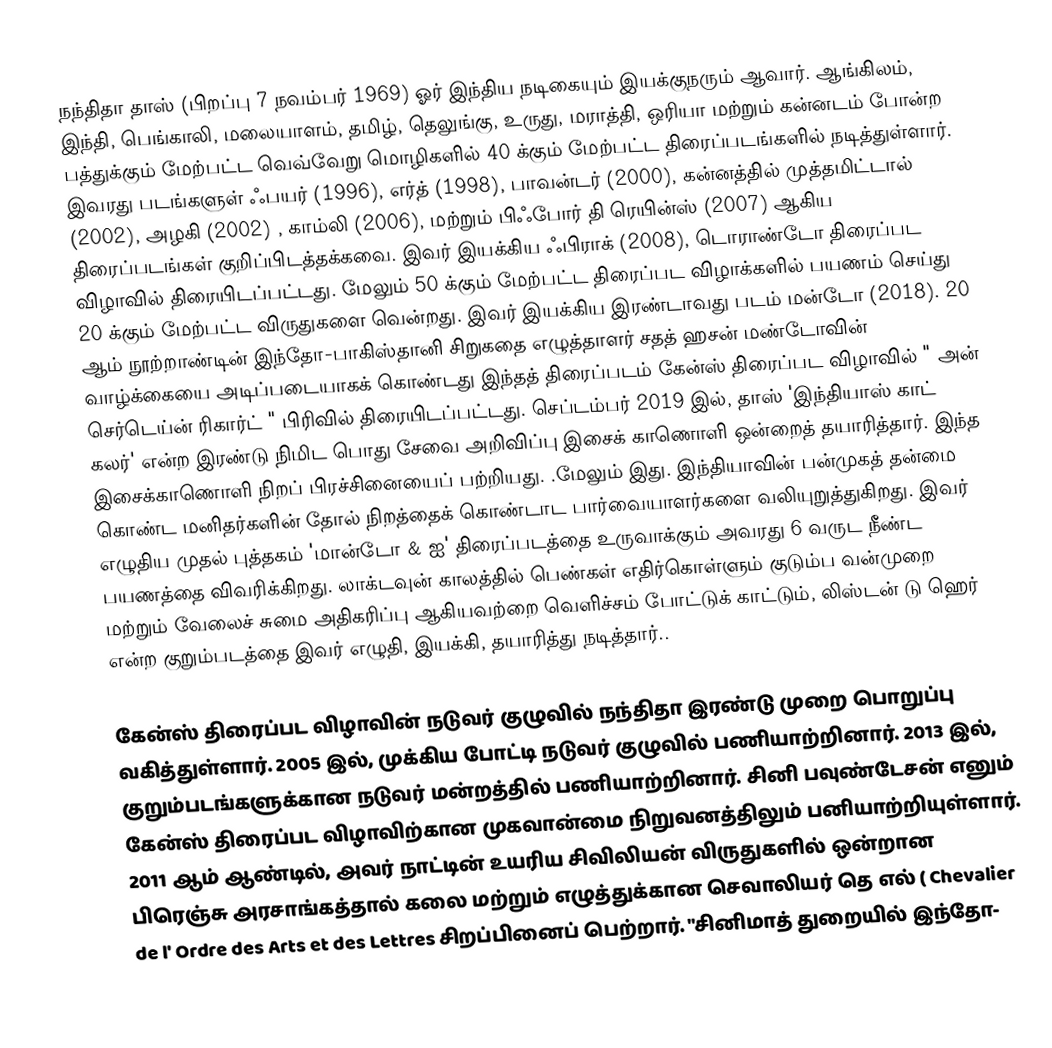
நந்திதா தாஸ் (பிறப்பு 7 நவம்பர் 1969) ஓர் இந்திய நடிகையும் இயக்குநரும் ஆவார். ஆங்கிலம், இந்தி, பெங்காலி, மலையாளம், தமிழ், தெலுங்கு, உருது, மராத்தி, ஒரியா மற்றும் கன்னடம் போன்ற பத்துக்கும் மேற்பட்ட வெவ்வேறு மொழிகளில் 40 க்கும் மேற்பட்ட திரைப்படங்களில் நடித்துள்ளார். இவரது படங்களுள் ஃபயர் (1996), எர்த் (1998), பாவன்டர் (2000), கன்னத்தில் முத்தமிட்டால் (2002), அழகி (2002) , காம்லி (2006), மற்றும் பிஃபோர் தி ரெயின்ஸ் (2007) ஆகிய திரைப்படங்கள் குறிப்பிடத்தக்கவை. இவர் இயக்கிய ஃபிராக் (2008), டொராண்டோ திரைப்பட விழாவில் திரையிடப்பட்டது. மேலும் 50 க்கும் மேற்பட்ட திரைப்பட விழாக்களில் பயணம் செய்து 20 க்கும் மேற்பட்ட விருதுகளை வென்றது. இவர் இயக்கிய இரண்டாவது படம் மன்டோ (2018). 20 ஆம் நூற்றாண்டின் இந்தோ-பாகிஸ்தானி சிறுகதை எழுத்தாளர் சதத் ஹசன் மண்டோவின் வாழ்க்கையை அடிப்படையாகக் கொண்டது  இந்தத் திரைப்படம் கேன்ஸ் திரைப்பட விழாவில் " அன் செர்டெய்ன் ரிகார்ட் " பிரிவில் திரையிடப்பட்டது.  செப்டம்பர் 2019 இல், தாஸ் 'இந்தியாஸ் காட் கலர்' என்ற இரண்டு நிமிட பொது சேவை அறிவிப்பு இசைக் காணொளி ஒன்றைத் தயாரித்தார். இந்த இசைக்காணொளி நிறப் பிரச்சினையைப் பற்றியது. .மேலும் இது. இந்தியாவின் பன்முகத் தன்மை கொண்ட மனிதர்களின் தோல் நிறத்தைக் கொண்டாட பார்வையாளர்களை வலியுறுத்துகிறது.  இவர் எழுதிய முதல் புத்தகம் 'மான்டோ & ஐ' திரைப்படத்தை உருவாக்கும் அவரது 6 வருட நீண்ட பயணத்தை விவரிக்கிறது. லாக்டவுன் காலத்தில் பெண்கள் எதிர்கொள்ளும் குடும்ப வன்முறை மற்றும் வேலைச் சுமை அதிகரிப்பு ஆகியவற்றை வெளிச்சம் போட்டுக் காட்டும், லிஸ்டன் டு ஹெர் என்ற குறும்படத்தை இவர் எழுதி, இயக்கி, தயாரித்து நடித்தார்..

கேன்ஸ் திரைப்பட விழாவின் நடுவர் குழுவில் நந்திதா இரண்டு முறை பொறுப்பு வகித்துள்ளார். 2005 இல், முக்கிய போட்டி நடுவர் குழுவில் பணியாற்றினார். 2013 இல், குறும்படங்களுக்கான நடுவர் மன்றத்தில் பணியாற்றினார். சினி பவுண்டேசன் எனும் கேன்ஸ் திரைப்பட விழாவிற்கான முகவான்மை நிறுவனத்திலும் பனியாற்றியுள்ளார். 2011 ஆம் ஆண்டில், அவர் நாட்டின் உயரிய சிவிலியன் விருதுகளில் ஒன்றான பிரெஞ்சு அரசாங்கத்தால் கலை மற்றும் எழுத்துக்கான செவாலியர் தெ எல் ( Chevalier de l' Ordre des Arts et des Lettres சிறப்பினைப் பெற்றார். "சினிமாத் துறையில் இந்தோ-